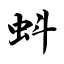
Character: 蚪